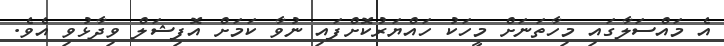
އެ މައްސަލާގައި މިހާތަނަށް މީހަކު ހައްޔަރުކޮށްފައި ނުވާ ކަމަށް އޮފިޝަލް ވިދާޅުވި އެވެ.